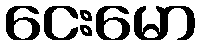
ငေးမော